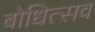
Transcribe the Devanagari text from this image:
बोधित्सव